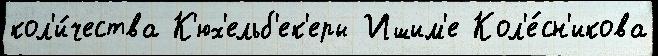
кол'и́чества К'юх'ельб'ек'еры Ишим'е Кол'е́сн'икова